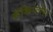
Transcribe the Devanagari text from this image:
मॅकिन्टोश